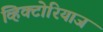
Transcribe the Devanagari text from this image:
व्हिक्टोरियाज